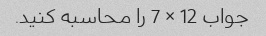
جواب 12 × 7 را محاسبه کنید.